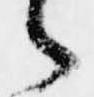
々